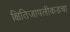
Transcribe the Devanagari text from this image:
क्षितिजापलीकडचा